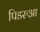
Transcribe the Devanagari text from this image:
पिडरुआ